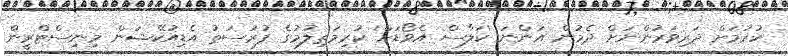
ކުރުމަށް ދަރިވަރުންނަށް ދެމުން އަންނަ 'ކަލާސް އެވޯޑަށް' ކުރިމަތިލުމުގެ ފުރުސަތު އެޑިއުކޭޝަން މިނިސްޓްރީން